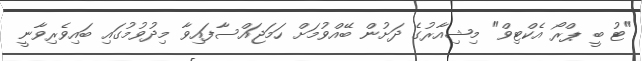
"ޓު ބީ ޕްރޯ އެކްޓިވް" މިޝިއާރުގެ ދަށުން ބޭއްވުމަށް ހަމަޖައްސާފައިވާ މިދުވުމުގައި ބައިވެރިވާނީ